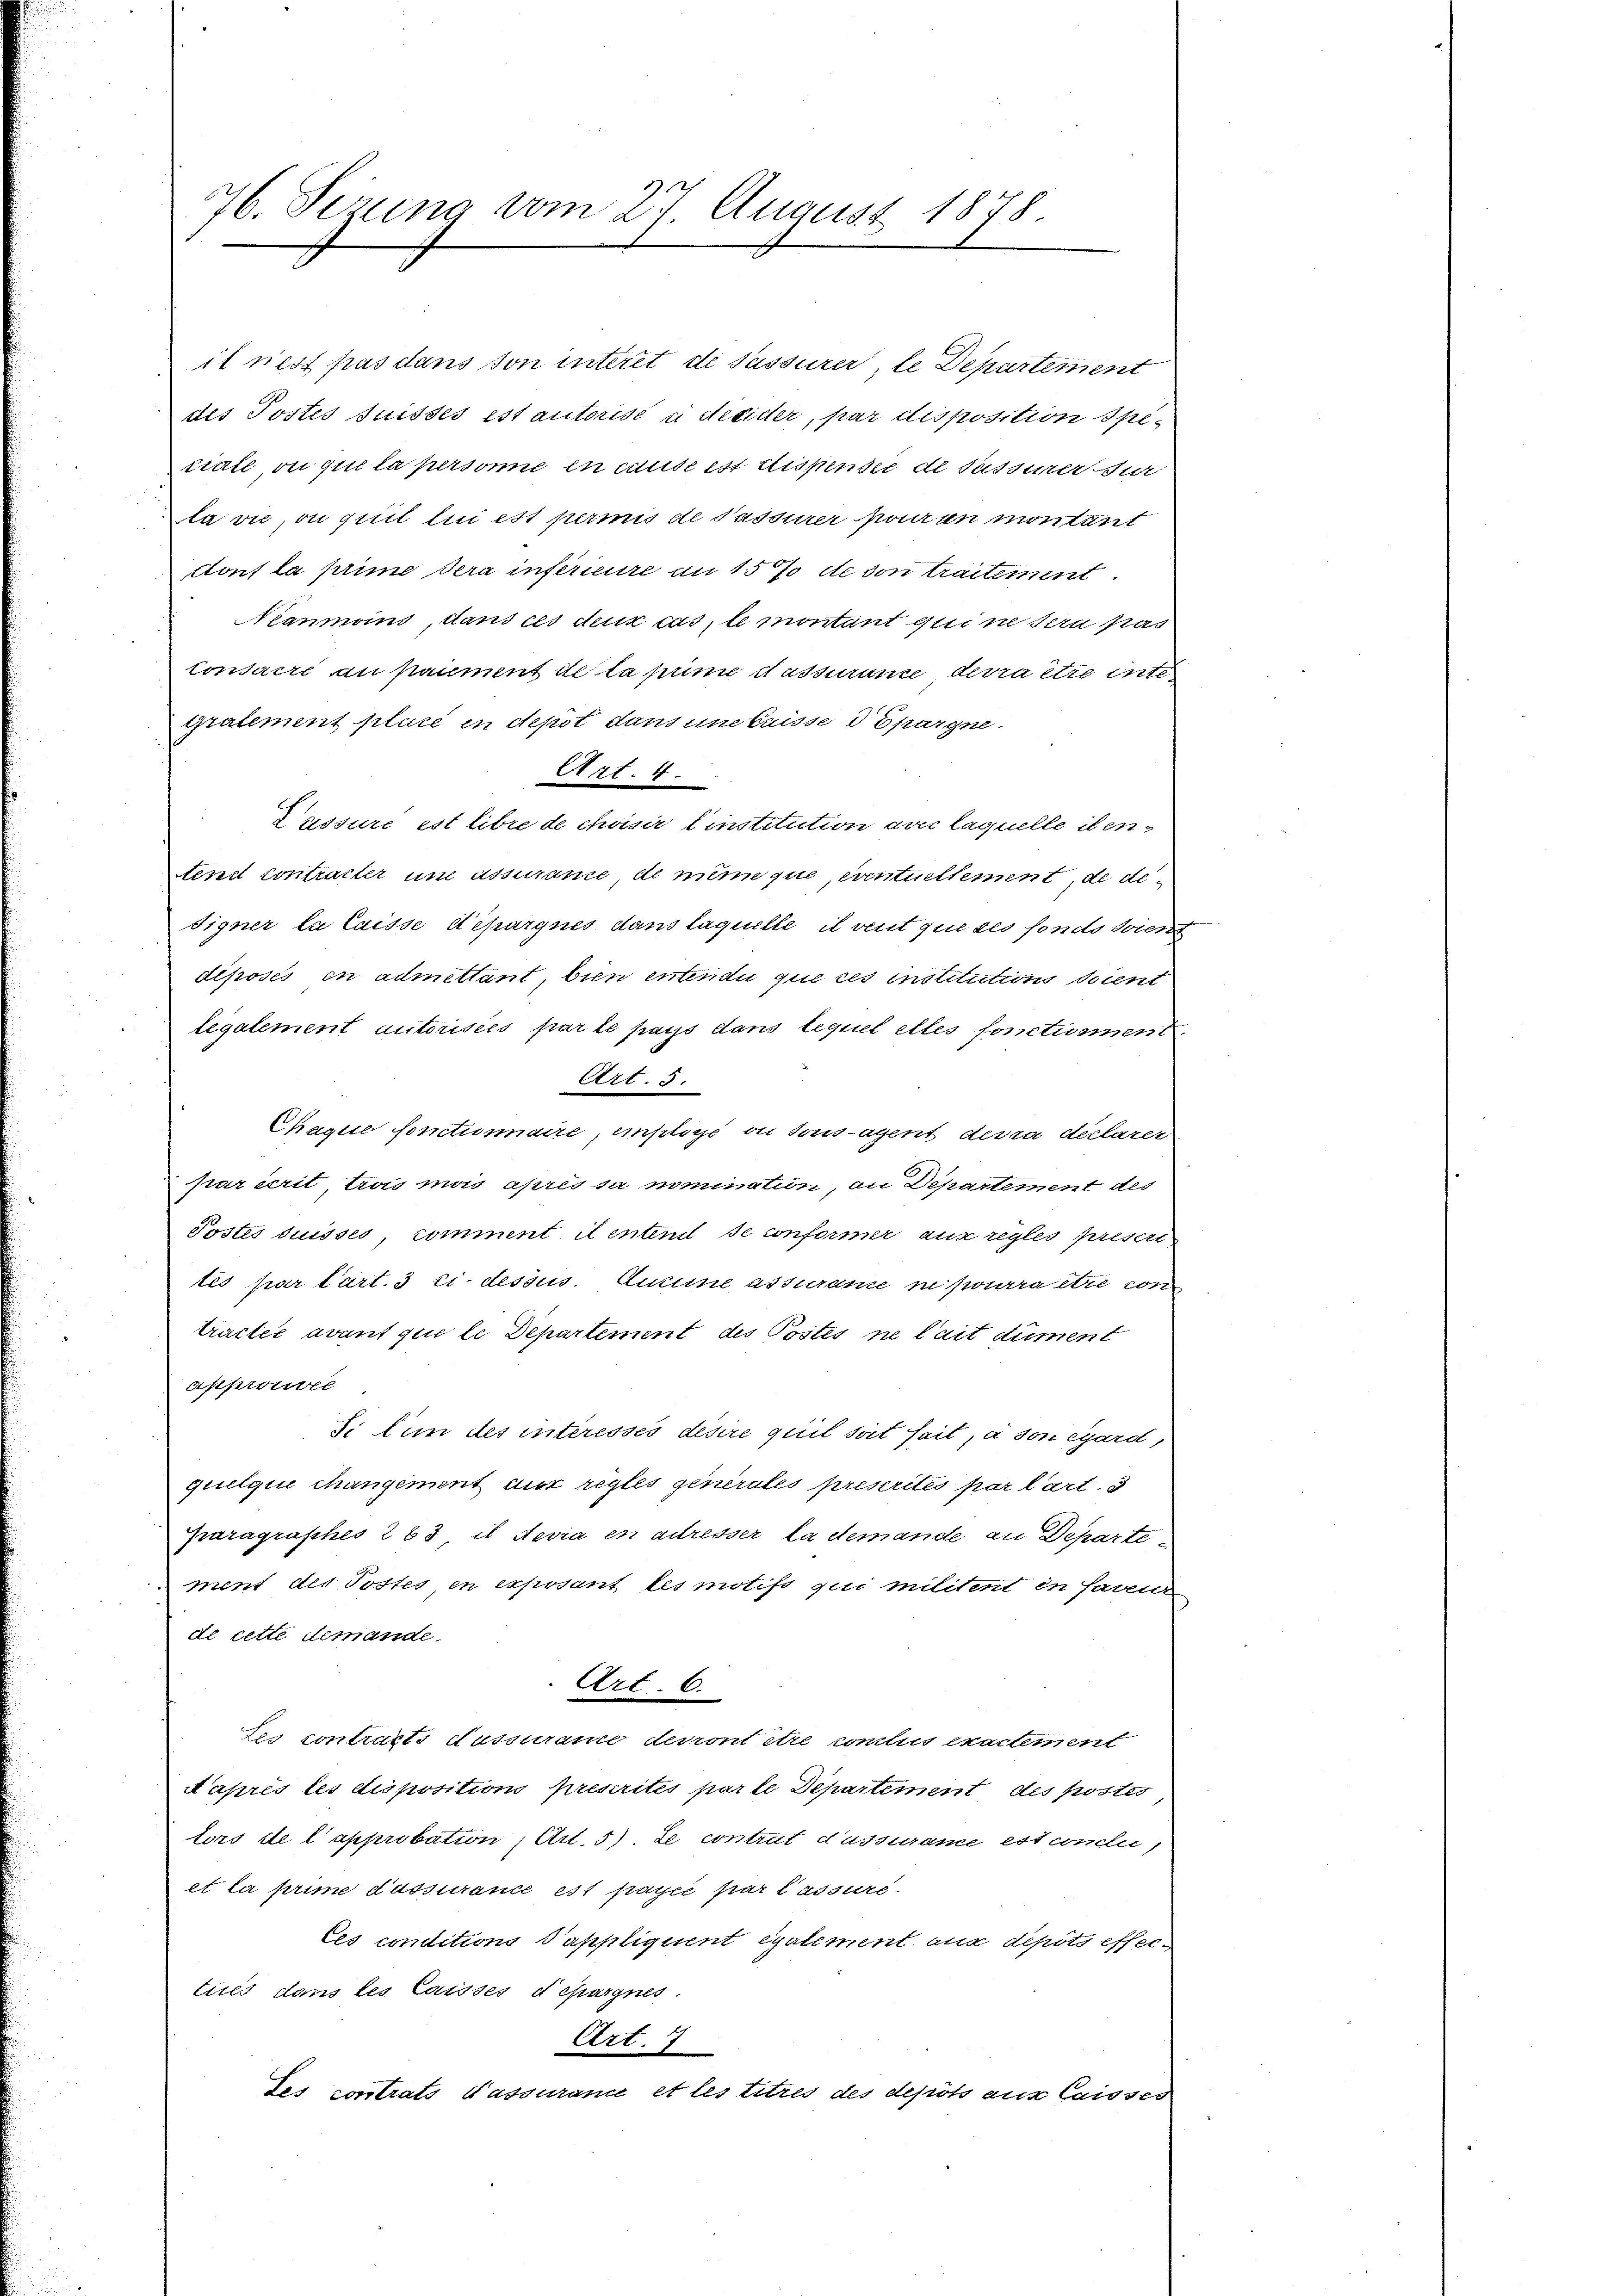
76. Sezung vom 27. August 1878.

it rest pas dans von interit de Passurer, le Departement
des Postes Suisses est autorise u decider, par disposition Spiciale, ou qui la persone in muss ist dispensee de sassirer für
la vie, on pril lui est permis de Passurer pour an montant
ctont la prime dera inférieure am 15% de von traitement
Néanmoins, dans ces deux cas, le montant qui ne sera pas
consacré au paiement de la pume dassurine, devra être inte
gralement plure in depot dans une laisse d Epargne
Art. 4.
Cussure est libre de choisir Einstitution avec laquelle ibentend contracter um assurame, de nime que, eventuellement, de dedigner la laisse dépargnes dans laquelle il vent que ses fondo dient
diposés en admettant, bien entendii que ces institutions docent
legalement autorisées par le pays dans lequel elles fonctionent
Art. 5.
Chaque fonctimaire, einstige ou sousagent, devra déclarer
par écrit, trois mais après sa nomination, an Departement des
Postes Suisses, comment il entend de conformer aufregles presert
tés par Cart. 3 ci-dessus. Aucune assurane in pourra être con
tractée avant que le Departement des Postes ne lait dument
approute
Si nun des interesses desire quil soit sait, à son égard,
quelque changement nur regles generales prescrilés par l’art. 3
Paragraphes 263, it devra en adresser la demande an Departement des Tostes, en exposant les motifs qui militent in farenn
de cette demande
Art. 6.
tes contracts dessurame devront être conclus exactement
Aaprès les dispositions prescrites parle Departement des poster
tors de l approbation, Art. 5). Le contrut d’ussurame est conclu
et la prime dassurance est payée par lassure
Ces conditions Pappliquent eyalement aus depots effers
tirés dans les laisses depargnes.
Art. 7
des contrats d’assurame et les titres des depots aus Caisses